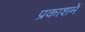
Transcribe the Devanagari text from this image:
प्रकाशमें